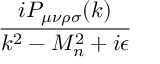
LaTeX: \frac { i P _ { \mu \nu \rho \sigma } ( k ) } { k ^ { 2 } - M _ { n } ^ { 2 } + i \epsilon }